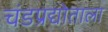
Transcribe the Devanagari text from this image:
चंडप्रद्योताला